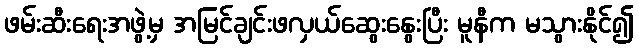
ဖမ်းဆီးရေးအဖွဲ့မှ အမြင်ချင်းဖလှယ်ဆွေးနွေးပြီး မူနီက မသွားနိုင်၍